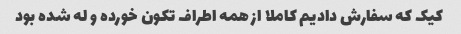
کیک که سفارش دادیم کاملا از همه اطراف تکون خورده و له شده بود